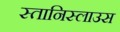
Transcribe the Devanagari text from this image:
स्तानिस्लाउस